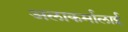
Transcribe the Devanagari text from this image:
अलाकर्मालाई